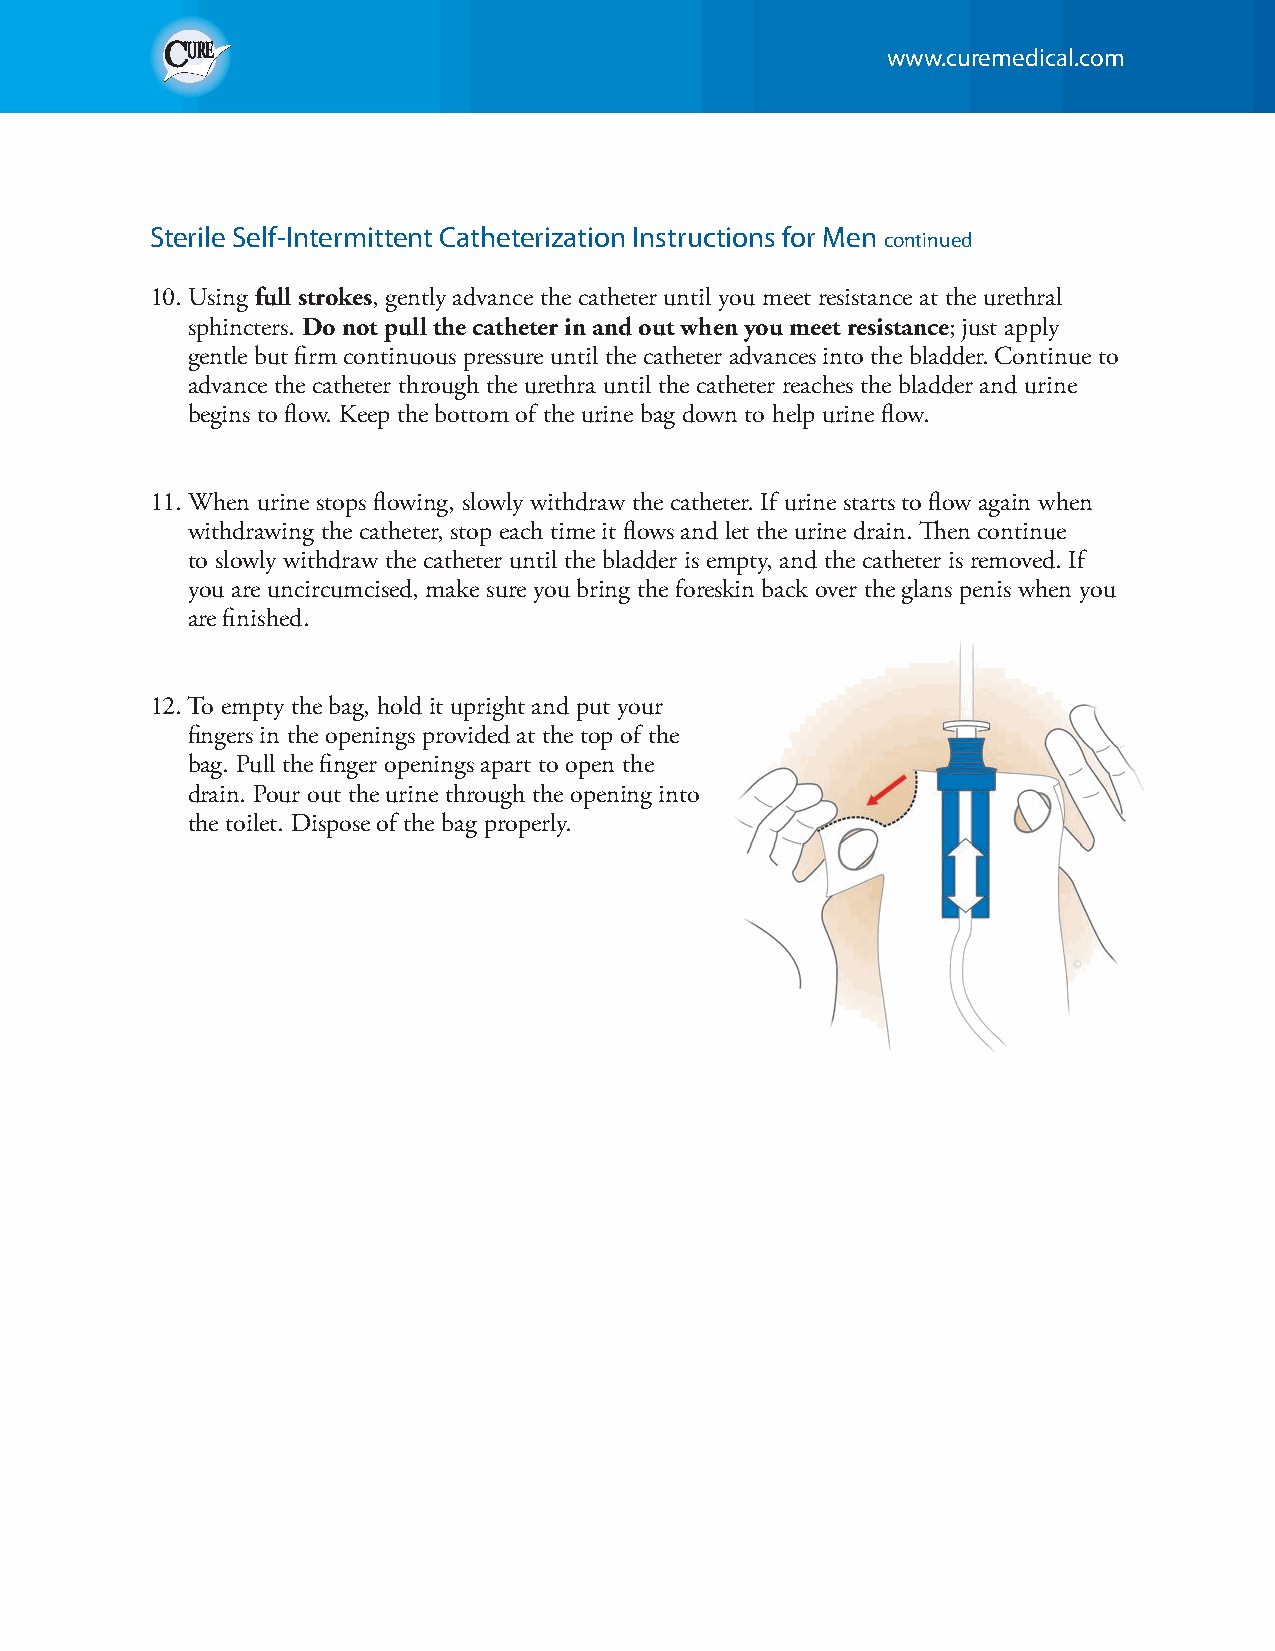
www.curemedical.com
 Sterile Self-Intermittent Catheterization Instructions for Men continued
 10. Using full strokes, gently advance the catheter until you meet resistance at the urethral
 sphincters. Do not pull the catheter in and out when you meet resistance; just apply
 gentle but firm continuous pressure until the catheter advances into the bladder. Continue to
 advance the catheter through the urethra until the catheter reaches the bladder and urine
 begins to flow. Keep the bottom of the urine bag down to help urine flow.
 11. When urine stops flowing, slowly withdraw the catheter. If urine starts to flow again when
 withdrawing the catheter, stop each time it flows and let the urine drain. Then continue
 to slowly withdraw the catheter until the bladder is empty, and the catheter is removed. If
 you are uncircumcised, make sure you bring the foreskin back over the glans penis when you
 are finished.
 12. To empty the bag, hold it upright and put your
 fingers in the openings provided at the top of the
 bag. Pull the finger openings apart to open the
 drain. Pour out the urine through the opening into
 the toilet. Dispose of the bag properly.